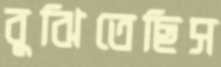
বুঝিতেছিস